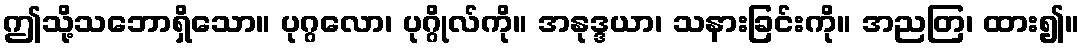
ဤသို့သဘောရှိသော။ ပုဂ္ဂလော၊ ပုဂ္ဂိုလ်ကို။ အနုဒ္ဒယာ၊ သနားခြင်းကို။ အညတြ၊ ထား၍။